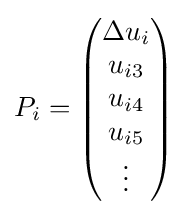
P_{i}={\begin{pmatrix}\Delta u_{i}\\u_{i3}\\u_{i4}\\u_{i5}\\\vdots \end{pmatrix}}